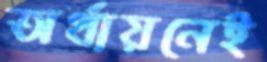
অর্থায়নেই